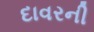
દાવરની